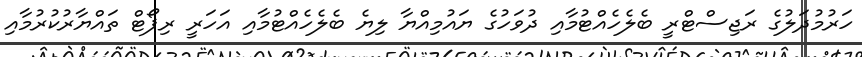
ހަރުމުދަލުގެ ރަޖިސްޓްރީ ބެލެހެއްޓުމާއި ދުވަހުގެ ޔައުމިއްޔާ ލިޔެ ބެލެހެއްޓުމާއި އަހަރީ ރިޕޯޓް ތައްޔާރުކުރުމާއި